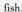
fish.